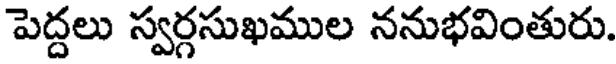
పెద్దలు స్వర్గసుఖముల ననుభవింతురు.